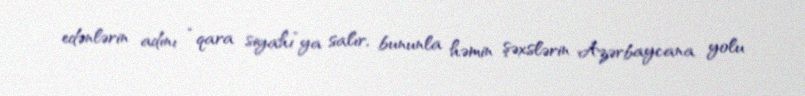
edənlərin adını “qara siyahı”ya salır, bununla həmin şəxslərin Azərbaycana yolu